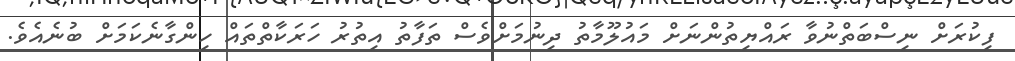
ފިކުރަށް ނިސްބަތްނުވާ ރައްޔިތުންނަށް މައުލޫމާތު ދިނުމަށްވެސް ތަފާތު އިތުރު ހަރަކާތްތައް ހިންގާނެކަމަށް ބުނެއެވެ.